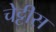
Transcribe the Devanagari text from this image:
चेट्टीस